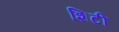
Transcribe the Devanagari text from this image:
शिटी